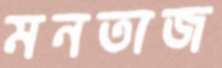
মনতাজ